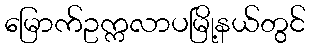
မြောက်ဥက္ကလာပမြို့နယ်တွင်